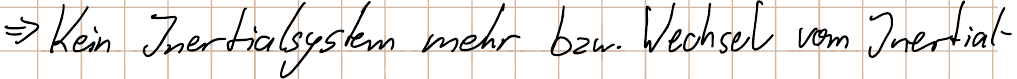
=> Kein Inertialsystem mehr bzw. Wechsel vom Inertial-